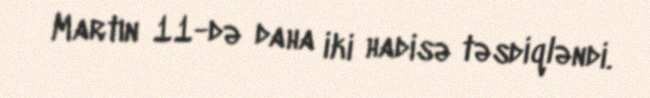
Martın 11-də daha iki hadisə təsdiqləndi.